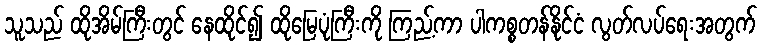
သူသည် ထိုအိမ်ကြီးတွင် နေထိုင်၍ ထိုမြေပုံကြီးကို ကြည့်ကာ ပါကစ္စတန်နိုင်ငံ လွတ်လပ်ရေးအတွက်